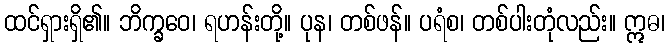
ထင်ရှားရှိ၏။ ဘိက္ခဝေ၊ ရဟန်းတို့။ ပုန၊ တစ်ဖန်။ ပရံစ၊ တစ်ပါးတုံလည်း။ ဣဓ၊